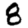
Digit: 8